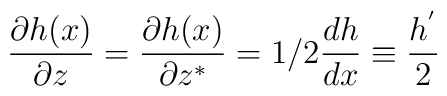
\frac{\partial h(x)}{\partial z} = \frac{\partial h(x)}{\partial   z^{*}} =  1/2 \frac{dh}{dx} \equiv \frac{h^{'}}{2}